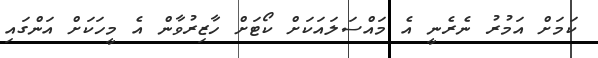
ކަމަށް އަމުރު ނެރެނީ އެ މައްސަލައަކަށް ކޯޓަށް ހާޒިރުވާން އެ މީހަކަށް އަންގައި